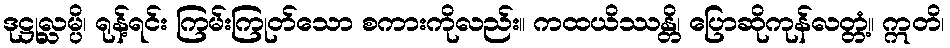
ဒုဋ္ဌုလ္လမ္ပိ၊ ရုန့်ရင်း ကြမ်းကြုတ်သော စကားကိုလည်း။ ကထယိဿန္တိ၊ ပြောဆိုကုန်လတ္တံ့။ ဣတိ၊